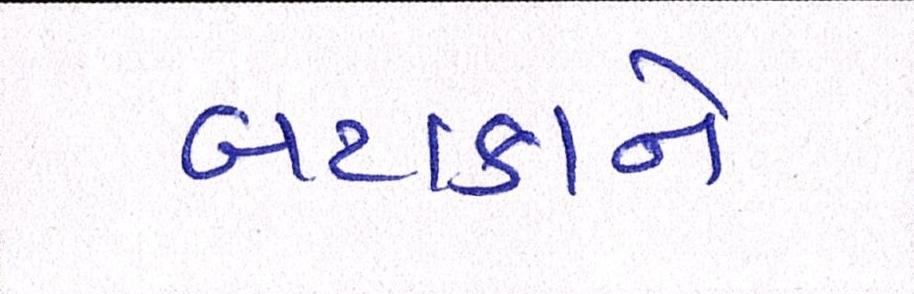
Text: બટાકાને